Lunatic asylums Bombay report 1891-1903 - 1891-1903
Year: 1891
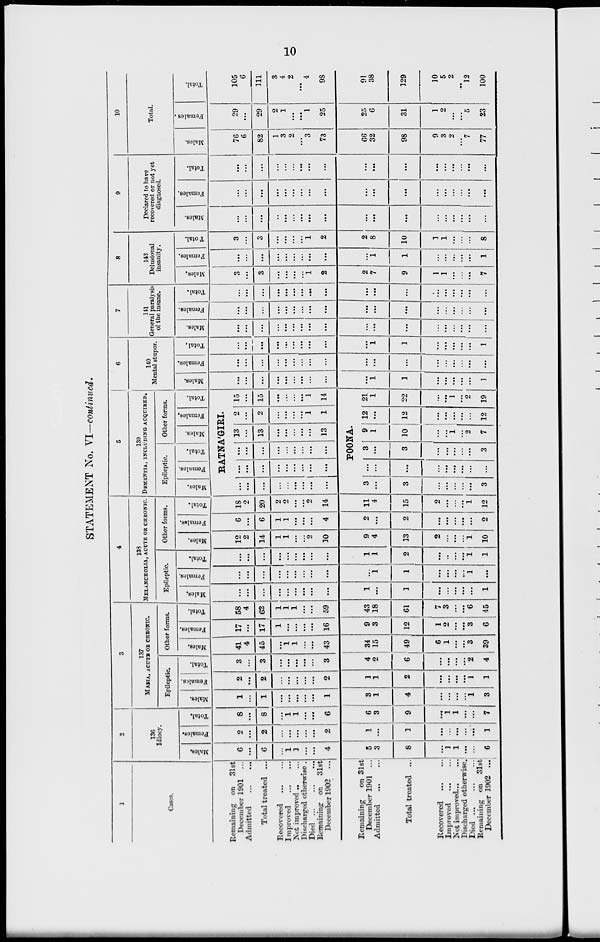
10
STATEMENT No. VI—continued.
1
Cases.
Remaining on
31st
December 1901
...
Admitted
...
...
Total treated
...
Recovered
...
...
Improved
...
...
Not improved ... ...
Discharged otherwise .
Died
...
...
...
Remaining on
31st
December 1902
...
Remaining
on 31st
December 1901 ...
Admitted
...
...
Total treated ...
Recovered
...
...
Improved
...
...
Not improved ... ...
Discharged otherwise.
Died
...
...
...
Remaining on 31st
December 1902 ...
2
136
Idiocy.
Males.
6
...
6
...
1
1
...
...
4
5
3
8
...
1
1
...
...
6
Females.
2
...
2
...
...
...
...
...
2
1
...
1
...
...
...
...
...
1
Total.
8
...
8
...
1
1
...
...
6
6
3
9
...
1
1
...
...
7
3
137
MANIA, ACUTE OR CHRONIC.
Epileptic.
Males.
1
...
1
...
...
...
...
...
1
3
1
4
...
...
...
...
1
3
Females.
2
...
2
...
...
...
...
...
2
1
1
2
...
...
...
...
1
1
Total.
3
...
3
...
...
...
...
...
3
4
2
6
...
...
...
...
2
4
Other forms.
Males.
41
4
45
...
1
1
...
...
43
34
15
49
6
1
...
...
3
39
Females.
17
...
17
1
...
...
...
...
16
9
3
12
1
2
...
...
3
6
Total.
58
4
62
1
1
1
...
...
59
43
18
61
7
3
...
...
6
45
4
138
MELANCHOLIA, ACUTE OR CHRONIC.
Epileptic.
Males.
...
...
...
...
...
...
...
...
...
1
...
1
...
...
...
...
...
1
Females.
...
...
...
...
...
...
...
...
...
...
1
1
...
...
...
...
1
...
Total.
...
...
...
...
...
...
...
...
...
1
1
2
...
...
...
...
1
1
Other forms.
Males.
12
2
14
1
1
...
...
2
10
9
4
13
2
...
...
...
1
10
Females.
6
...
6
1
1
...
...
...
4
2
...
2
...
...
...
...
...
2
Total.
18
2
20
2
2
...
...
2
14
11
4
15
2
...
...
...
1
12
5
139
DEMENTIA, INCLUDING ACQUIRED.
Epileptic.
Males.
Females.
Total.
Other forms.
Males.
Females.
Total.
6
140
Mental stupor.
Males.
BATNA'GIRI.
...
...
...
...
...
...
...
...
...
...
...
...
...
...
...
...
...
...
...
...
...
...
...
...
...
...
...
13
...
13
...
...
...
...
...
13
2
...
2
...
...
...
...
1
1
15
...
15
...
...
...
...
1
14
POONA.
3
...
3
...
...
...
...
...
3
...
...
...
...
...
...
...
...
...
3
...
3
...
...
...
...
...
3
9
1
10
...
...
1
...
2
7
12
...
12
...
...
...
...
...
12
21
1
22
...
...
1
...
2
19
...
...
...
...
...
...
...
...
...
1
1
...
...
...
...
...
1
Females.
...
...
...
...
...
...
...
...
...
...
...
...
...
...
...
...
...
...
Total.
...
...
...
...
...
...
...
...
...
...
1
1
...
...
...
...
...
1
7
141
General paralysis
of the insane.
Males.
...
...
...
...
...
...
...
...
...
...
...
...
...
...
...
...
...
...
Females.
...
...
...
...
...
...
...
...
...
...
...
...
...
...
...
...
...
...
Total.
...
...
...
...
...
...
...
...
...
...
...
...
...
...
...
...
...
...
8
142
Delusional
insanity.
Males.
3
...
3
...
...
...
...
1
2
2
7
9
1
1
...
...
...
7
Females.
...
...
...
...
...
...
...
...
...
...
1
1
...
...
...
...
...
1
Total.
3
...
3
...
...
...
...
1
2
2
8
10
1
1
...
...
...
8
9
Declared to have
recovered or not yet
diagnosed.
Males.
...
...
...
..
...
...
...
...
...
...
...
...
...
...
...
...
...
...
Females.
...
...
...
...
...
...
...
...
...
...
...
...
...
...
...
...
...
...
Total.
...
...
...
...
...
...
...
...
...
...
...
...
...
...
...
...
...
...
10
Total.
Males.
76
6
82
1
3
2
...
3
73
66
32
98
9
3
2
...
7
77
Females.
29
...
29
2
1
...
...
1
25
25
6
31
1
2
...
...
5
23
Total.
105
6
111
3
4
2
...
4
98
91
38
129
10
5
2
...
12
100